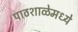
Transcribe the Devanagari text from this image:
पाठशाळेमध्ये